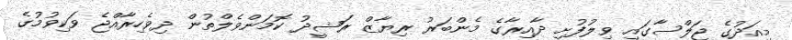
މިއަދުގެ ޖަލްސާގައި ވިލުފުށި ދާއިރާގެ މެންބަރު ރިޔާޒް ރަޝީދު ކޮމަންވެލްތުން ދިވެހިރާއްޖެ ވަކިވުމުގެ